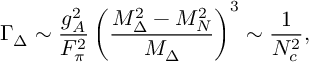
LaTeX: \Gamma _ { \Delta } \sim \frac { g _ { A } ^ { 2 } } { F _ { \pi } ^ { 2 } } \left( \frac { M _ { \Delta } ^ { 2 } - M _ { N } ^ { 2 } } { M _ { \Delta } } \right) ^ { 3 } \sim \frac { 1 } { N _ { c } ^ { 2 } } ,